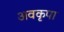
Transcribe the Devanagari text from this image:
अवकृपा